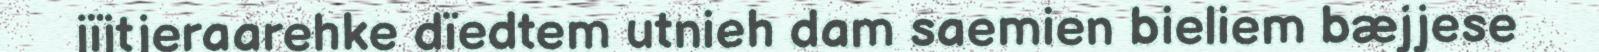
jïjtjeraarehke dïedtem utnieh dam saemien bieliem bæjjese